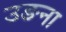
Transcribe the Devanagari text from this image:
उङना